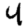
Digit: 4